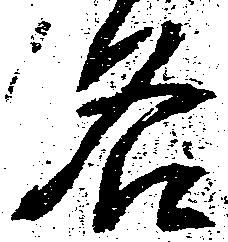
名